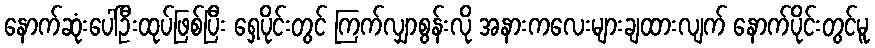
နောက်ဆုံးပေါ်ဦးထုပ်ဖြစ်ပြီး ရှေ့ပိုင်းတွင် ကြက်လျှာစွန်းလို အနားကလေးများချထားလျက် နောက်ပိုင်းတွင်မူ